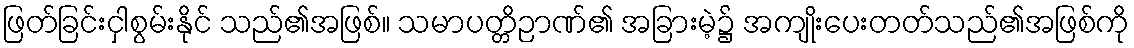
ဖြတ်ခြင်းငှါစွမ်းနိုင် သည်၏အဖြစ်။ သမာပတ္တိဉာဏ်၏ အခြားမဲ့၌ အကျိုးပေးတတ်သည်၏အဖြစ်ကို